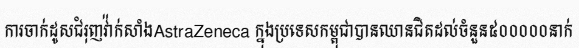
ការចាក់ដូសជំរុញវ៉ាក់សាំងAstraZeneca ក្នុងប្រទេសកម្ពុជាបានឈានជិតដល់ចំនួន៥០០០០០នាក់